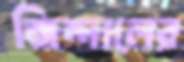
জিন্দালের